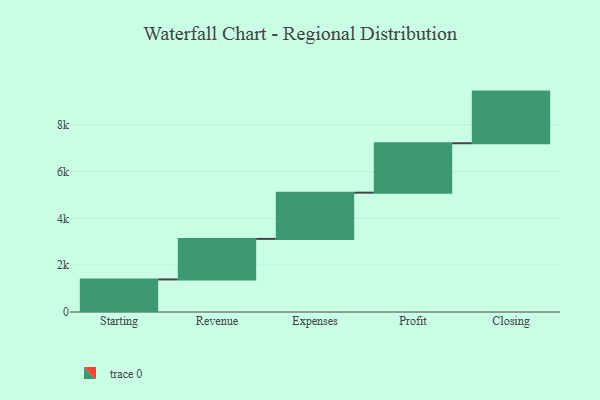
{"axis": {"x": "Step", "y": "Value"}, "legend": [""], "data": [{"x": "Starting", "y": 1391.0, "type": ""}, {"x": "Revenue", "y": 1733.0, "type": ""}, {"x": "Expenses", "y": 1974.0, "type": ""}, {"x": "Profit", "y": 2112.0, "type": ""}, {"x": "Closing", "y": 2206.0, "type": ""}]}